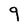
Character: g